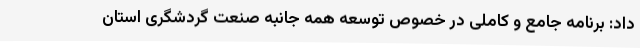
داد: برنامه جامع و کاملی در خصوص توسعه همه جانبه صنعت گردشگری استان